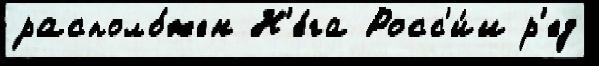
располо́жен Н'е́га Росс'и́и р'ед